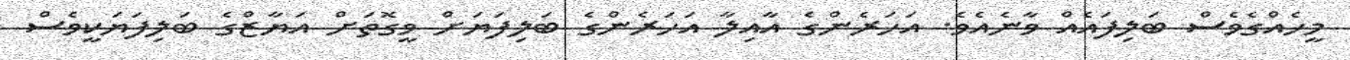
މީހެއްގެވެސް ބަލިފައެއް ވާނެއެވެ. އަހަރެންގެ އާއިލާ އަހަރެންގެ ބަލިފަޔަށް ވީގޮތަށް އަޔާޒްގެ ބަލިފަޔަކީވެސް